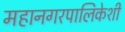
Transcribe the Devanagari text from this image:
महानगरपालिकेशी